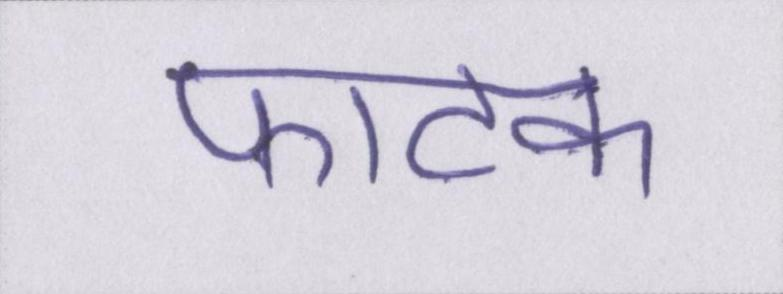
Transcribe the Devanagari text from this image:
फाटक